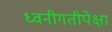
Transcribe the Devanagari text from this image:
ध्वनीगतीपेक्षा